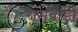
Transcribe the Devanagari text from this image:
रामवाडी